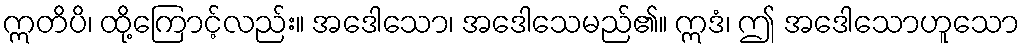
ဣတိပိ၊ ထို့ကြောင့်လည်း။ အဒေါသော၊ အဒေါသေမည်၏။ ဣဒံ၊ ဤ အဒေါသောဟူသော